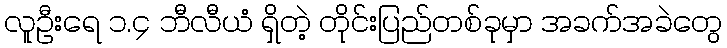
လူဦးရေ ၁.၄ ဘီလီယံ ရှိတဲ့ တိုင်းပြည်တစ်ခုမှာ အခက်အခဲတွေ